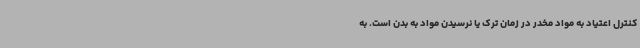
کنترل اعتیاد به مواد مخدر در زمان ترک یا نرسیدن مواد به بدن است. به